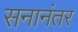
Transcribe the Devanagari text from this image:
सनानंतर